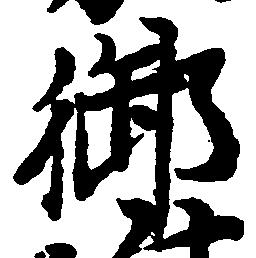
御